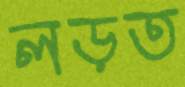
লড়ত